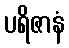
ပရိဇာနံ